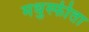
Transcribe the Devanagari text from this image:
मधुस्फीता